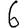
Digit: 6